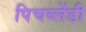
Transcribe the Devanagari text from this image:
पिचब्लेंडी